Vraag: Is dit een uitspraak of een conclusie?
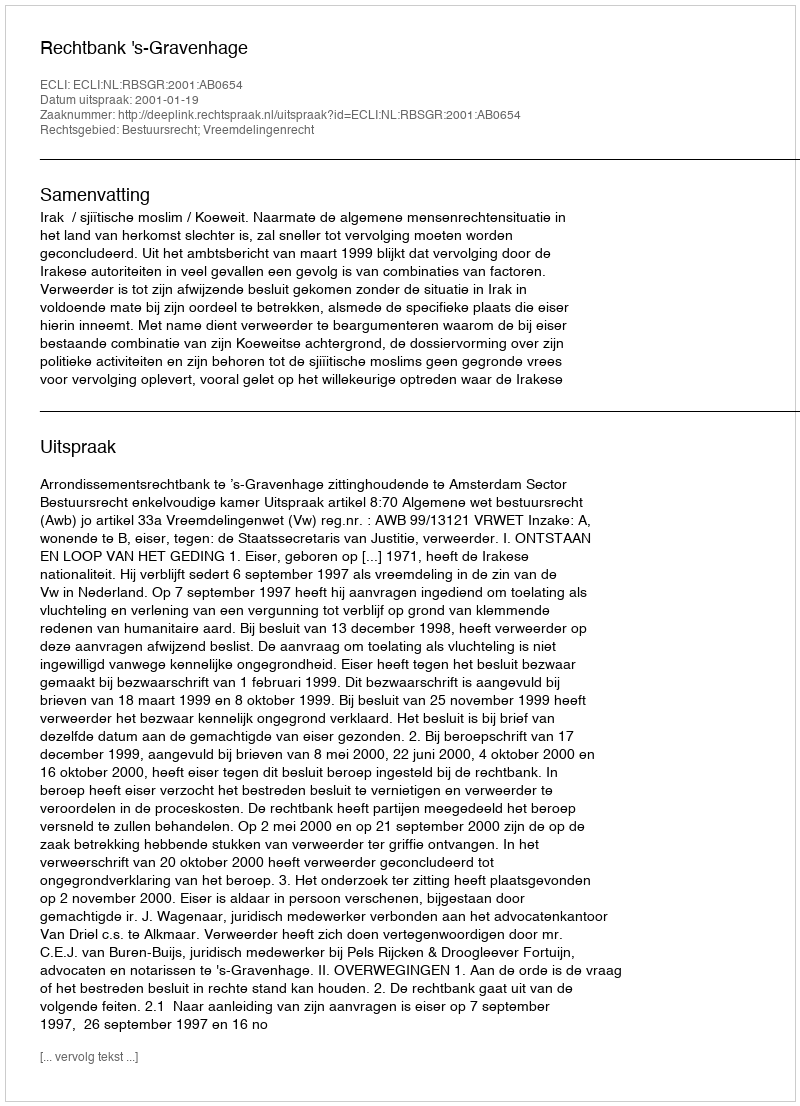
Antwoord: Uitspraak